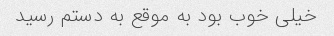
خیلی خوب بود به موقع به دستم رسید